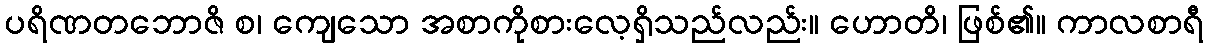
ပရိဏတဘောဇိ စ၊ ကျေသော အစာကိုစားလေ့ရှိသည်လည်း။ ဟောတိ၊ ဖြစ်၏။ ကာလစာရီ